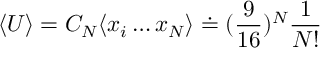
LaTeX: \langle U \rangle = C _ { N } \langle x _ { i } \dots x _ { N } \rangle \doteq ( \frac { 9 } { 1 6 } ) ^ { N } \frac { 1 } { N ! }